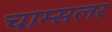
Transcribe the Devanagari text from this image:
चाम्सलर